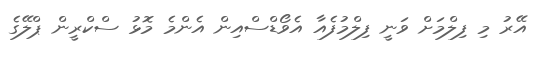
އޭރު މި ފިލްމަށް ވަނީ ފިލްމުފެއާ އެވޯޑްސްއިން އެންމެ މޮޅު ސްކްރީން ޕްލޭގެ